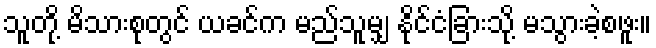
သူတို့ မိသားစုတွင် ယခင်က မည်သူမျှ နိုင်ငံခြားသို့ မသွားခဲ့စဖူး။